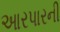
આરપારની